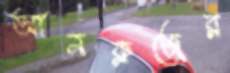
আনক্লজের